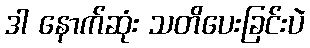
ဒါ နောက်ဆုံး သတိပေးခြင်းပဲ